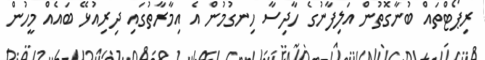
ރިޕޯޓްތައް ބުނާގޮތުން އަލިފާނުގެ ހާދިސާ ހިނގުމުން އެ އިމާރާތުގައި ދިރިއުޅޭ ބައެއް މީހުން